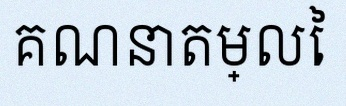
គណនាតម្លៃ